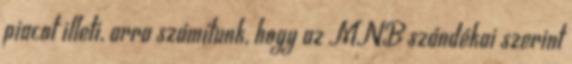
piacot illeti, arra számítunk, hogy az MNB szándékai szerint